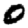
Digit: 0